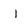
Character: I